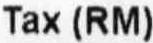
TAX (RM)